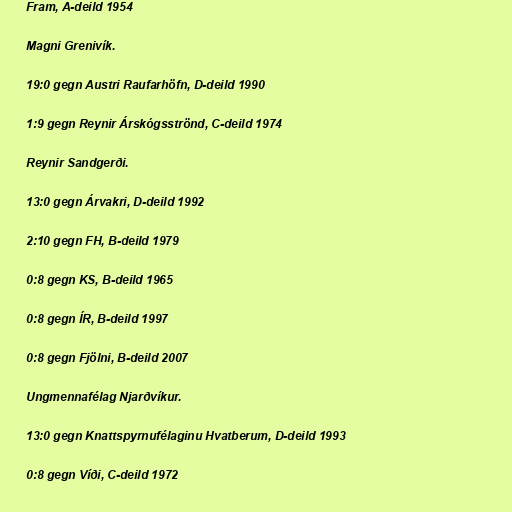
Fram, A-deild 1954

Magni Grenivík.

19:0 gegn Austri Raufarhöfn, D-deild 1990

1:9 gegn Reynir Árskógsströnd, C-deild 1974

Reynir Sandgerði.

13:0 gegn Árvakri, D-deild 1992

2:10 gegn FH, B-deild 1979

0:8 gegn KS, B-deild 1965

0:8 gegn ÍR, B-deild 1997

0:8 gegn Fjölni, B-deild 2007

Ungmennafélag Njarðvíkur.

13:0 gegn Knattspyrnufélaginu Hvatberum, D-deild 1993

0:8 gegn Víði, C-deild 1972